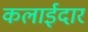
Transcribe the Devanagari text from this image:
कलाईदार